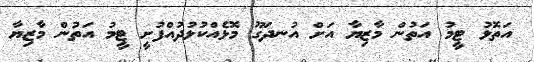
އަތޮޅު ޓީމު އަތުން މާޒިޔާ އަށް އުނދަގޫ މޮޅެއްކުޅުދުއްފުށީ ޓީމު އަތުން މާޒިޔާ